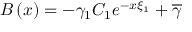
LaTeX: B \left( x \right) = - \gamma _ { 1 } C _ { 1 } e ^ { - x \xi _ { 1 } } + \overline { { { \gamma } } }